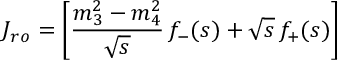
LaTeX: J _ { r o } = \left[ \frac { m _ { 3 } ^ { 2 } - m _ { 4 } ^ { 2 } } { \sqrt s } \, f _ { - } ( s ) + \sqrt s \, f _ { + } ( s ) \right]